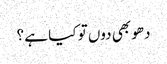
دھو بھی دوں تو کیا ہے ؟